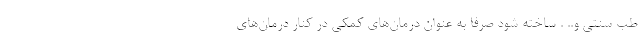
طب سنتی و.. . ساخته شود صرفا به عنوان درمان‌های کمکی در کنار درمان‌های